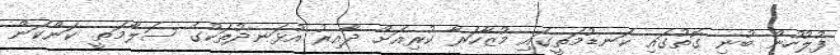
ފުލުހުން ބުނި ގޮތުގައި ކަނޑުމަތީގައި މުޒާހަރާ ކުރިއަށް ދާއިރު އުޅަނދުތަކުގެ ސަލާމަތީ ކަންކަން